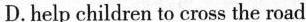
D. help children to cross the road